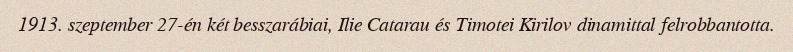
1913. szeptember 27-én két besszarábiai, Ilie Catarau és Timotei Kirilov dinamittal felrobbantotta.